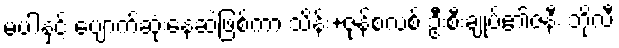
မပါနှင့် ပျောက်ဆုံးနေဆဲဖြစ်ကာ သိန်း+ဇုန်စလစ် ဦးစီးချုပ်၏ဇနီး ဘိုလီ